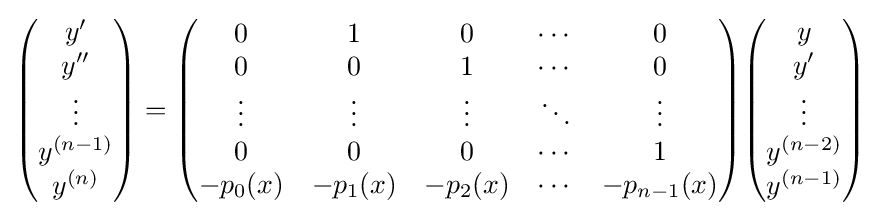
{\begin{pmatrix}y'\\y''\\\vdots \\y^{(n-1)}\\y^{(n)}\end{pmatrix}}={\begin{pmatrix}0&1&0&\cdots &0\\0&0&1&\cdots &0\\\vdots &\vdots &\vdots &\ddots &\vdots \\0&0&0&\cdots &1\\-p_{0}(x)&-p_{1}(x)&-p_{2}(x)&\cdots &-p_{n-1}(x)\end{pmatrix}}{\begin{pmatrix}y\\y'\\\vdots \\y^{(n-2)}\\y^{(n-1)}\end{pmatrix}}